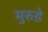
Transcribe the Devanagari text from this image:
मुरुडे